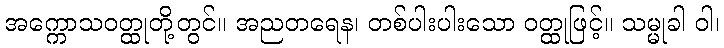
အက္ကောသဝတ္ထုတို့တွင်။ အညတရေန၊ တစ်ပါးပါးသော ဝတ္ထုဖြင့်။ သမ္မုခါ ဝါ၊